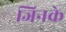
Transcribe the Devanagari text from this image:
जिनके